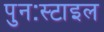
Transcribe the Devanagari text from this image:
पुनःस्टाइल